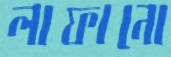
লাফানো